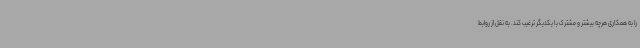
را به همکاری هرچه بیشتر و مشترک با یکدیگر ترغیب کند. به نقل از روابط